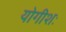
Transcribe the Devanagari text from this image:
योगीशः